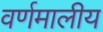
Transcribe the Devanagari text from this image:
वर्णमालीय